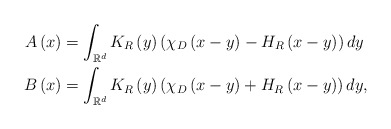
\begin{align*}A\left( x\right) & =\int_{\mathbb{R}^{d}}K_{R}\left( y\right)\left( \chi_{D}\left( x-y\right) -H_{R}\left( x-y\right) \right)dy\\B\left( x\right) & =\int_{\mathbb{R}^{d}}K_{R}\left( y\right)\left( \chi_{D}\left( x-y\right) +H_{R}\left( x-y\right) \right)dy,\end{align*}